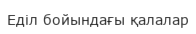
Еділ бойындағы қалалар